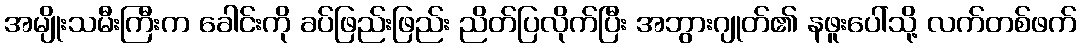
အမျိုးသမီးကြီးက ခေါင်းကို ခပ်ဖြည်းဖြည်း ညိတ်ပြလိုက်ပြီး အဘွားဂျုတ်၏ နဖူးပေါ်သို့ လက်တစ်ဖက်